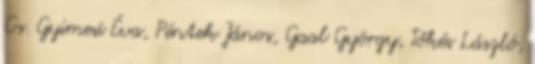
Cs. Gyimesi Éva, Péntek János, Gaal György, Tőkés László,